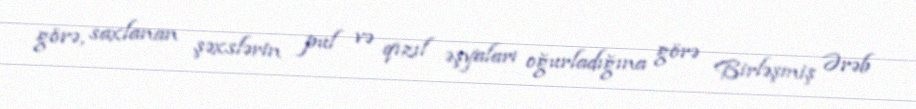
görə, saxlanan şəxslərin pul və qızıl əşyaları oğurladığına görə Birləşmiş Ərəb